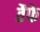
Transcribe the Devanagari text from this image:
तैफे